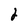
Character: 2